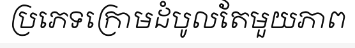
ប្រភេទក្រោមដំបូលតែមួយភាព